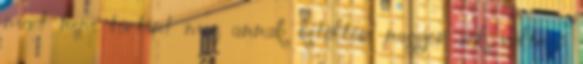
mert nem történt meg annak kitöltése nagyon sok változó